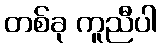
တစ်ခု ကူညီပါ